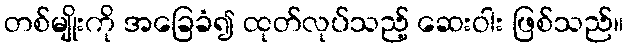
တစ်မျိုးကို အခြေခံ၍ ထုတ်လုပ်သည့် ဆေးဝါး ဖြစ်သည်။